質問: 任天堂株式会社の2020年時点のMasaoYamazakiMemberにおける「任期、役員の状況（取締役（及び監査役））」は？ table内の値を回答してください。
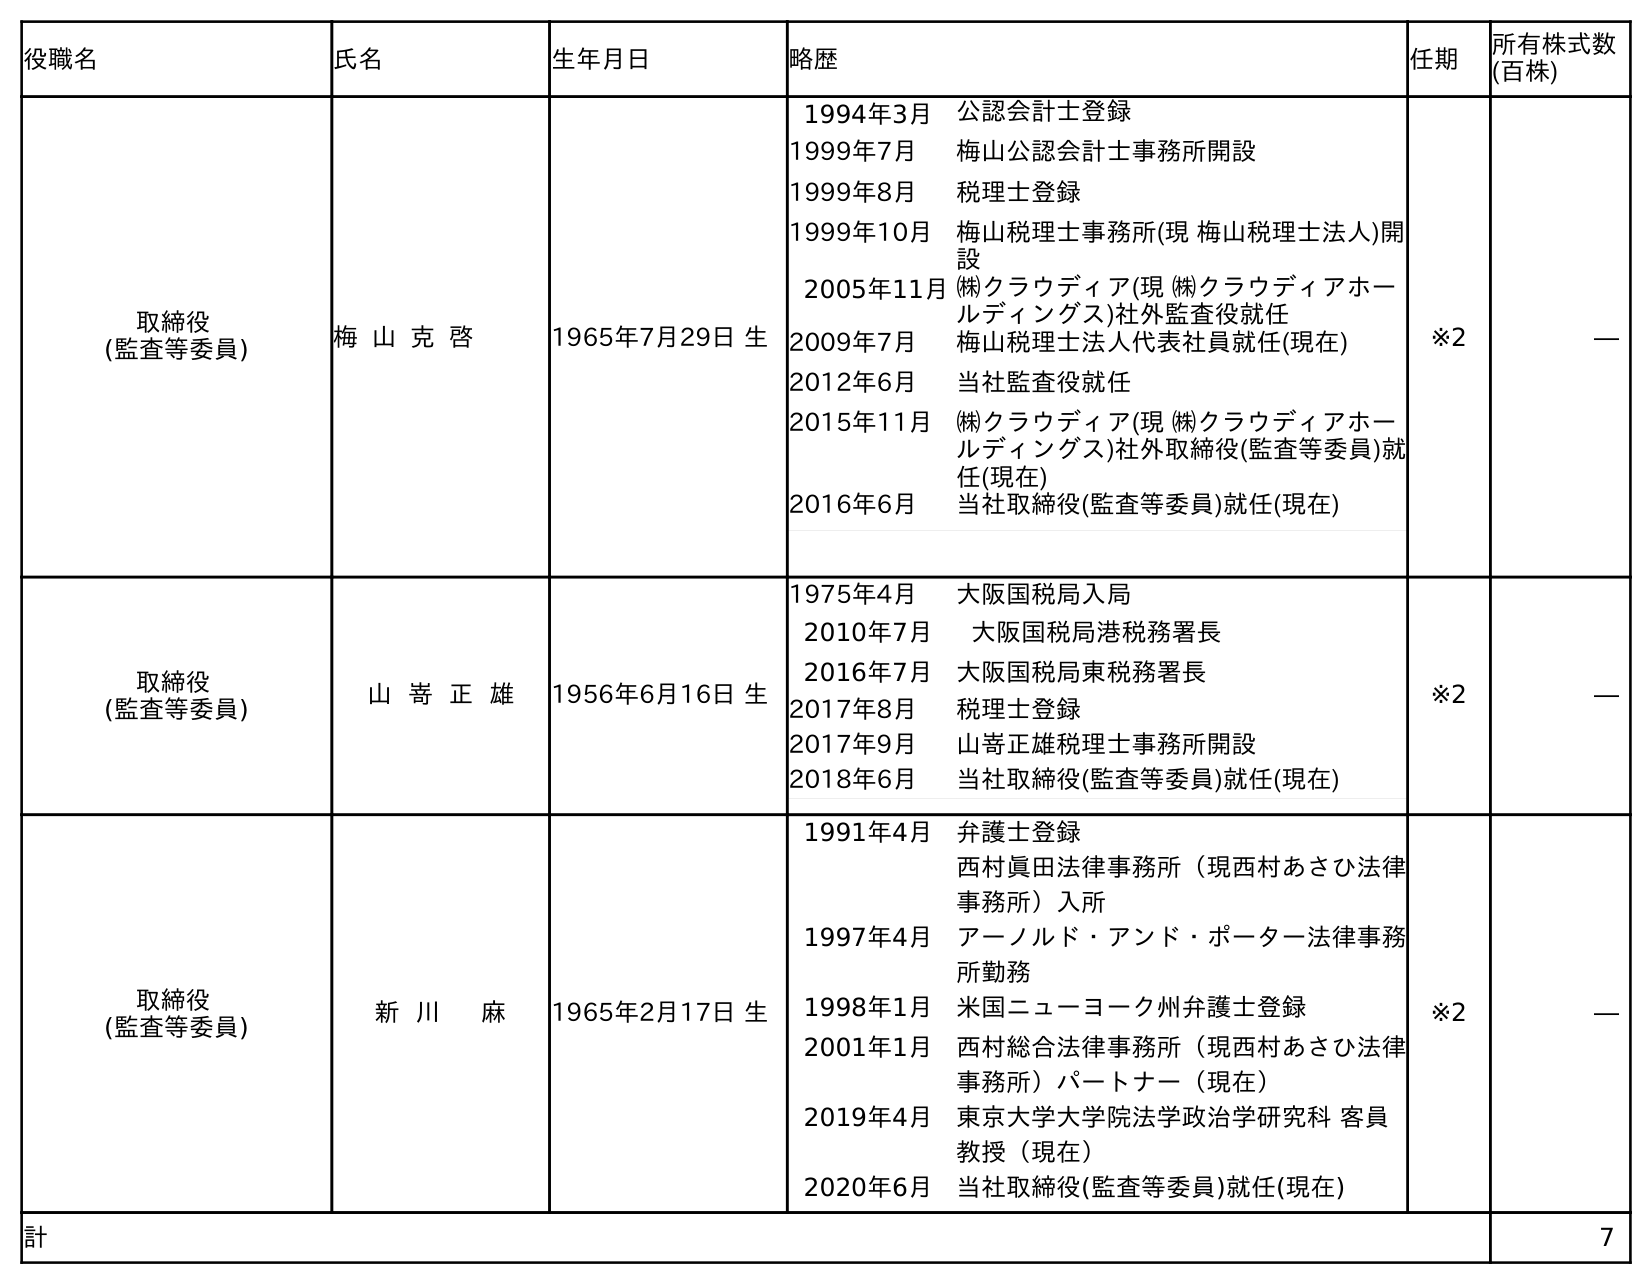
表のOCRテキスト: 役職名 氏名 生年月日 略歴 任期 所有株式数 (百株) 取締役 (監査等委員) 梅 山 克 啓 1965年7月29日 生 1994年3月 公認会計士登録 1999年7月 梅山公認会計士事務所開設 1999年8月 税理士登録 1999年10月 梅山税理士事務所(現 梅山税理士法人)開 設 2005年11月㈱クラウディア(現 ㈱クラウディアホー ルディングス)社外監査役就任 2009年7月 梅山税理士法人代表社員就任(現在) 2012年6月 当社監査役就任 2015年11月 ㈱クラウディア(現 ㈱クラウディアホー ルディングス)社外取締役(監査等委員)就 任(現在) 2016年6月 当社取締役(監査等委員)就任(現在) ※2 ― 取締役 (監査等委員) 山 嵜 正 雄 1956年6月16日 生 1975年4月 大阪国税局入局 2010年7月 大阪国税局港税務署長 2016年7月 大阪国税局東税務署長 2017年8月 税理士登録 2017年9月 山嵜正雄税理士事務所開設 2018年6月 当社取締役(監査等委員)就任(現在) ※2 ― 取締役 (監査等委員) 新 川  麻 1965年2月17日 生 1991年4月 弁護士登録 西村眞田法律事務所（現西村あさひ法律 事務所）入所 1997年4月 アーノルド・アンド・ポーター法律事務 所勤務 1998年1月 米国ニューヨーク州弁護士登録 2001年1月 西村総合法律事務所（現西村あさひ法律 事務所）パートナー（現在） 2019年4月 東京大学大学院法学政治学研究科 客員 教授（現在） 2020年6月 当社取締役(監査等委員)就任(現在) ※2 ― 計 7
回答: ※2